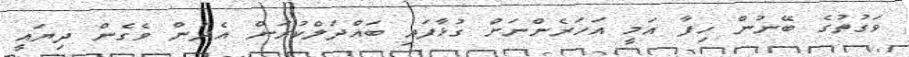
ވަގުތުގެ ބޭނުން ހިފާ އަމީ އަހަރެންނަށް ގުޅާފައި ބައްދަލްކުރަން އެދުން ވެގެން ދިޔައީ